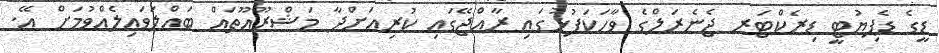
ޑީގެ ޑެޕިޔުޓީ ޑިރެކްޓަރ ޖެނެރަލްގެ ވާހަކަފުޅުގައި ރާއްޖޭގައި ކުރިއަށްދާ މަޝްރޫޢޫތައް ބައްލަވައިލެއްވުމަށް އޭ.